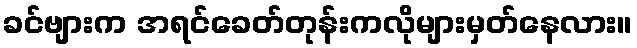
ခင်ဗျားက အရင်ခေတ်တုန်းကလိုများမှတ်နေလား။